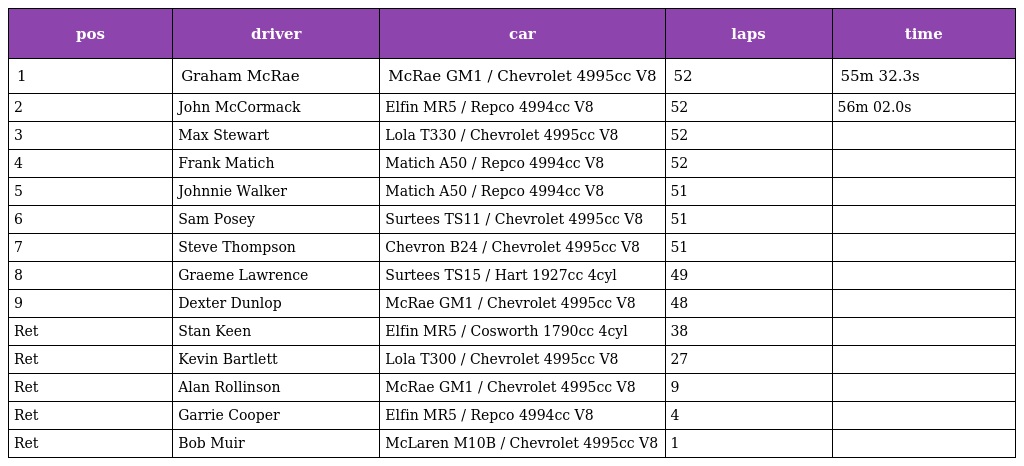
| pos | driver | car | laps | time |
 | --- | --- | --- | --- | --- |
 | 1 | Graham McRae | McRae GM1 / Chevrolet 4995cc V8 | 52 | 55m 32.3s |
 | 2 | John McCormack | Elfin MR5 / Repco 4994cc V8 | 52 | 56m 02.0s |
 | 3 | Max Stewart | Lola T330 / Chevrolet 4995cc V8 | 52 |  |
 | 4 | Frank Matich | Matich A50 / Repco 4994cc V8 | 52 |  |
 | 5 | Johnnie Walker | Matich A50 / Repco 4994cc V8 | 51 |  |
 | 6 | Sam Posey | Surtees TS11 / Chevrolet 4995cc V8 | 51 |  |
 | 7 | Steve Thompson | Chevron B24 / Chevrolet 4995cc V8 | 51 |  |
 | 8 | Graeme Lawrence | Surtees TS15 / Hart 1927cc 4cyl | 49 |  |
 | 9 | Dexter Dunlop | McRae GM1 / Chevrolet 4995cc V8 | 48 |  |
 | Ret | Stan Keen | Elfin MR5 / Cosworth 1790cc 4cyl | 38 |  |
 | Ret | Kevin Bartlett | Lola T300 / Chevrolet 4995cc V8 | 27 |  |
 | Ret | Alan Rollinson | McRae GM1 / Chevrolet 4995cc V8 | 9 |  |
 | Ret | Garrie Cooper | Elfin MR5 / Repco 4994cc V8 | 4 |  |
 | Ret | Bob Muir | McLaren M10B / Chevrolet 4995cc V8 | 1 |  |